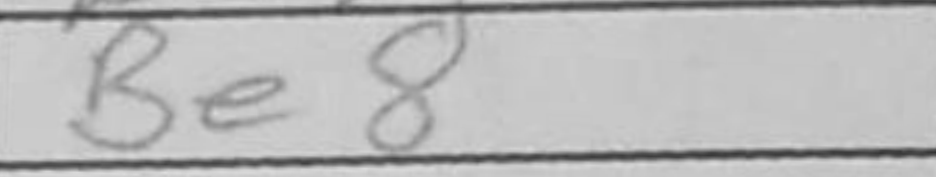
Transcription: Be8